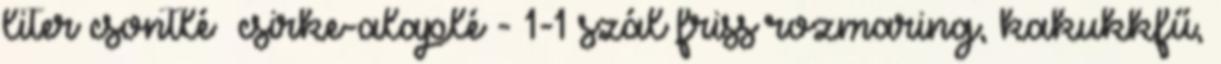
liter csontlé csirke-alaplé - 1-1 szál friss rozmaring, kakukkfű,